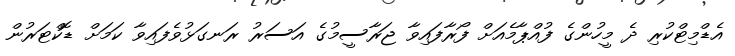
އެޑްމިޓްކުރި ދެ މީހުންގެ ފުއްޕާމެއަށް ފޯރާފައިވާ ޖަރާސީމުގެ އަސަރު ރަނގަޅުވެފައިވާ ކަމަށް ޑޮކްޓަރުން